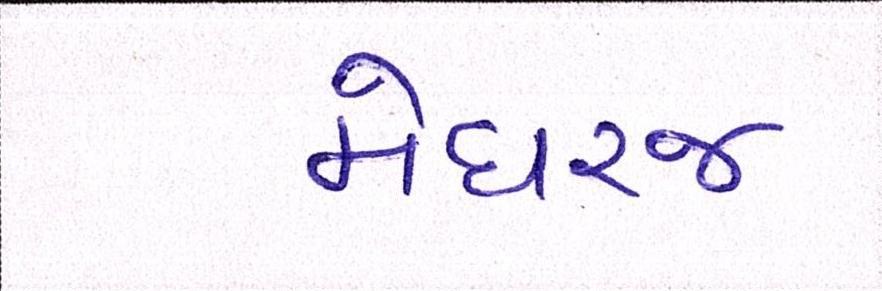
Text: મેઘરજ